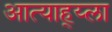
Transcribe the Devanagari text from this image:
आत्याह्य्ला